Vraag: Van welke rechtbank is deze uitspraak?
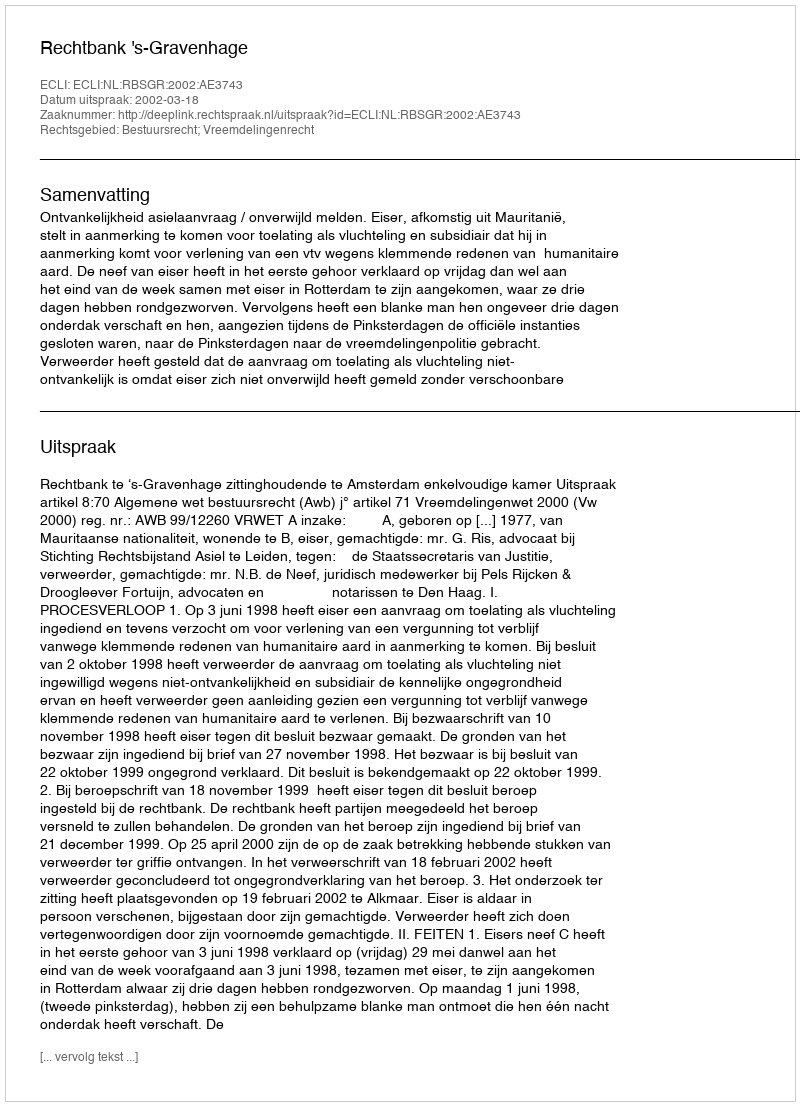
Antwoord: Rechtbank 's-Gravenhage